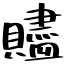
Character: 贐